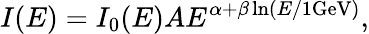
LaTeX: I(E)=I_{0}(E)AE^{\alpha+\beta\ln(E/1\mathrm{GeV})},